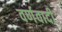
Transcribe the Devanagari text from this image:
वर्णवादी